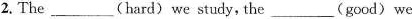
2.The___(hard) we study, the___ (good) we